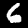
Digit: 6